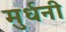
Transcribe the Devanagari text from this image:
मुर्धनी